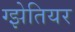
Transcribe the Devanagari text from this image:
ग्झेतियर